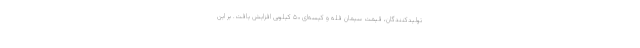
تولیدکنندگان، قیمت سیمان فله و کیسه‌ای ۵۰ کیلویی افزایش یافت. بر این